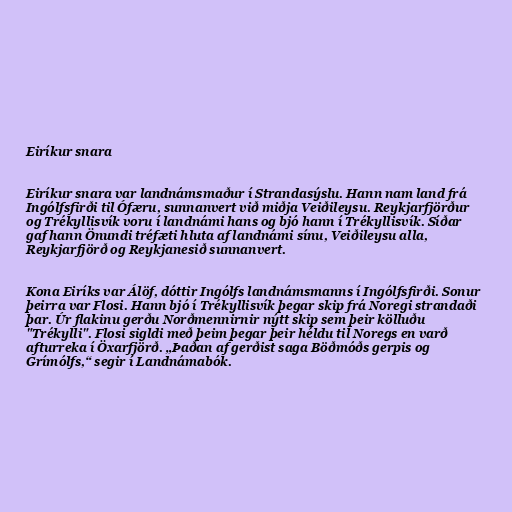
Eiríkur snara

Eiríkur snara var landnámsmaður í Strandasýslu. Hann nam land frá
Ingólfsfirði til Ófæru, sunnanvert við miðja Veiðileysu. Reykjarfjörður
og Trékyllisvík voru í landnámi hans og bjó hann í Trékyllisvík. Síðar
gaf hann Önundi tréfæti hluta af landnámi sínu, Veiðileysu alla,
Reykjarfjörð og Reykjanesið sunnanvert.

Kona Eiríks var Álöf, dóttir Ingólfs landnámsmanns í Ingólfsfirði. Sonur
þeirra var Flosi. Hann bjó í Trékyllisvík þegar skip frá Noregi strandaði
þar. Úr flakinu gerðu Norðmennirnir nýtt skip sem þeir kölluðu
"Trékylli". Flosi sigldi með þeim þegar þeir héldu til Noregs en varð
afturreka í Öxarfjörð. „Þaðan af gerðist saga Böðmóðs gerpis og
Grímólfs,“ segir í Landnámabók.